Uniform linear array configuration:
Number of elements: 12
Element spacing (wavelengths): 0.75
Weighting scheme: blackman
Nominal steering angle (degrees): -30
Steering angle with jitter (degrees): -31.067
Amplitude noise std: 0.05
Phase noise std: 0.05

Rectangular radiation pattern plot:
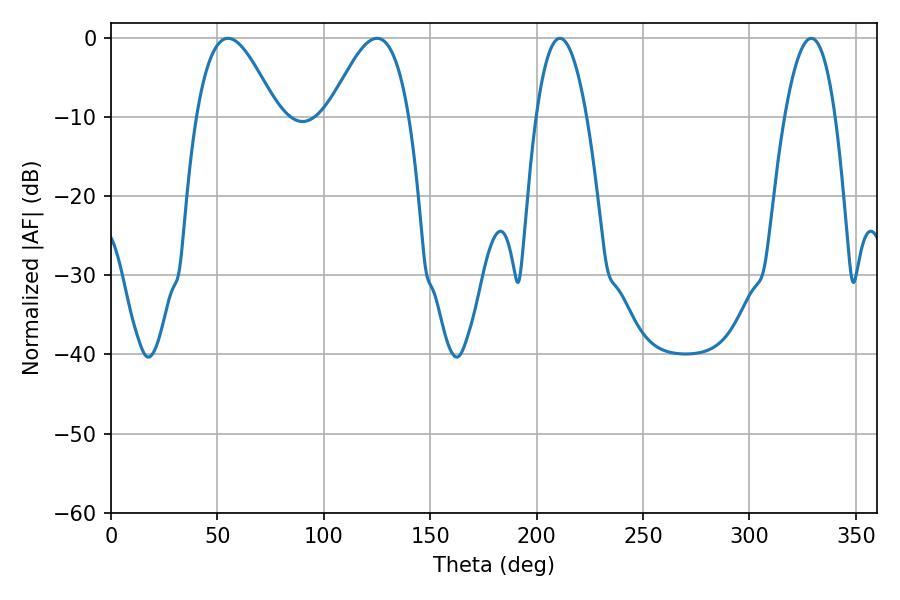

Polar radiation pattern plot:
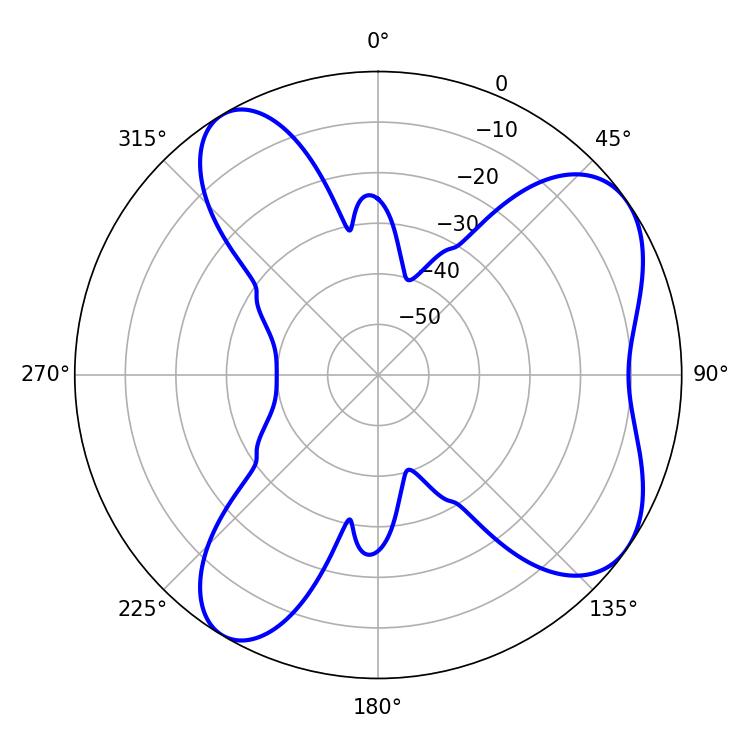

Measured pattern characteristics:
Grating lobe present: TRUE
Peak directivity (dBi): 6.731
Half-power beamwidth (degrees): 12.96
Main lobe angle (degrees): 210.96